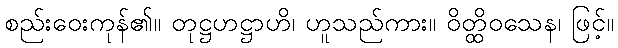
စည်းဝေးကုန်၏။ တုဋ္ဌဟဋ္ဌာဟိ၊ ဟူသည်ကား။ ဝိတ္ထိဝသေန၊ ဖြင့်။